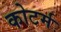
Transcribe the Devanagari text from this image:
कोटर्म